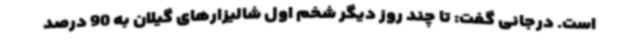
است. درجانی گفت: تا چند روز دیگر شخم اول شالیزارهای گیلان به 90 درصد